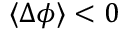
\langle \Delta \phi \rangle < 0